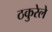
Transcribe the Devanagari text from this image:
ठकुरेले